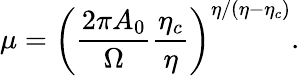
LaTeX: \mu=\left(\frac{2\pi A_{0}}{\Omega}\frac{\eta_{c}}{\eta}\right)^{\eta/(\eta-\eta_{c})}.